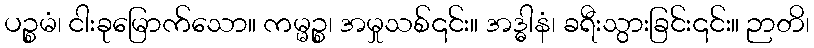
ပဉ္စမံ၊ ငါးခုမြောက်သော။ ကမ္မဉ္စ၊ အမှုသစ်၎င်း။ အဒ္ဓါနံ၊ ခရီးသွားခြင်း၎င်း။ ဉာတိ၊